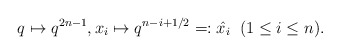
\begin{align*}q\mapsto q^{2n-1},x_i\mapsto q^{n-i+1/2}=:\hat{x_i}\;\; (1\leq i\leq n).\end{align*}